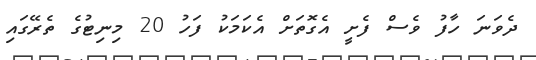
ދެވަނަ ހާފު ވެސް ފެށީ އެގޮތަށް އެކަމަކު ފަހު 20 މިނިޓުގެ ތެރޭގައި